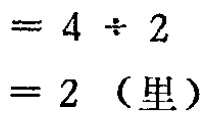
$= 4 \div 2 \\

= 2 \text{（里）}$